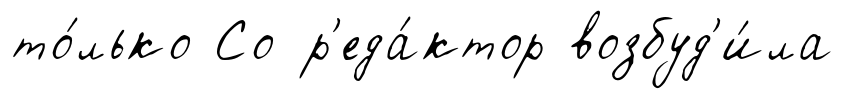
то́лько Со р'еда́ктор возбуд'и́ла